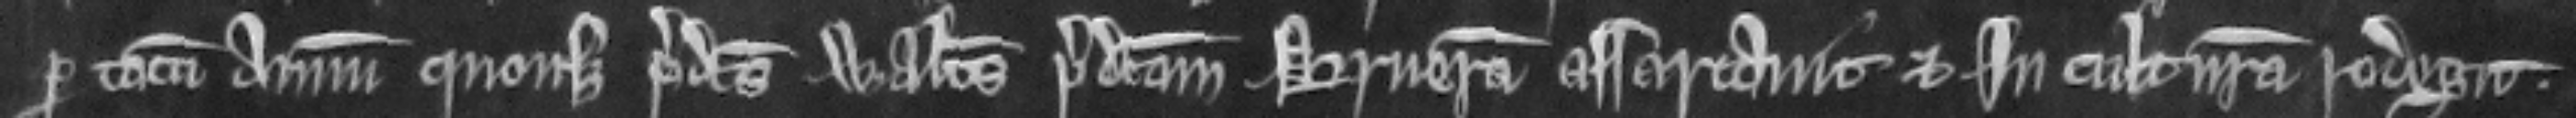
per totum annum quousque predictus Walterus predictam brueram assartavit et in culturam redegit.